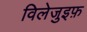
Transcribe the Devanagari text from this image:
विलेजुइफ़